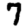
Digit: 7